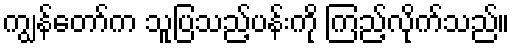
ကျွန်တော်က သူပြသည့်ပန်းကို ကြည့်လိုက်သည်။